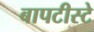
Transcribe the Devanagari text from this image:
बापटीस्टे